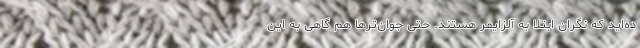
ده‌اید که نگران ابتلا به آلزایمر هستند. حتی جوان‌ترها هم گاهی به این